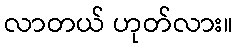
လာတယ် ဟုတ်လား။